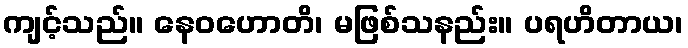
ကျင့်သည်။ နေဝဟောတိ၊ မဖြစ်သနည်း။ ပရဟိတာယ၊